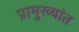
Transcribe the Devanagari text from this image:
प्रामुख्यांत